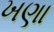
ખણા